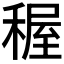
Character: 𥟽